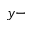
y -